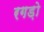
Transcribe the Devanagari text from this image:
रगड़ो